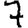
Digit: 7